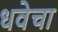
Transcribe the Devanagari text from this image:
धवेचा